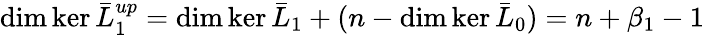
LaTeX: \dim\ker\bar{L}_{1}^{up}=\dim\ker\bar{L}_{1}+(n-\dim\ker\bar{L}_{0})=n+\beta_{1}-1